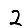
Digit: 2